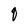
Character: q